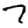
Digit: 7